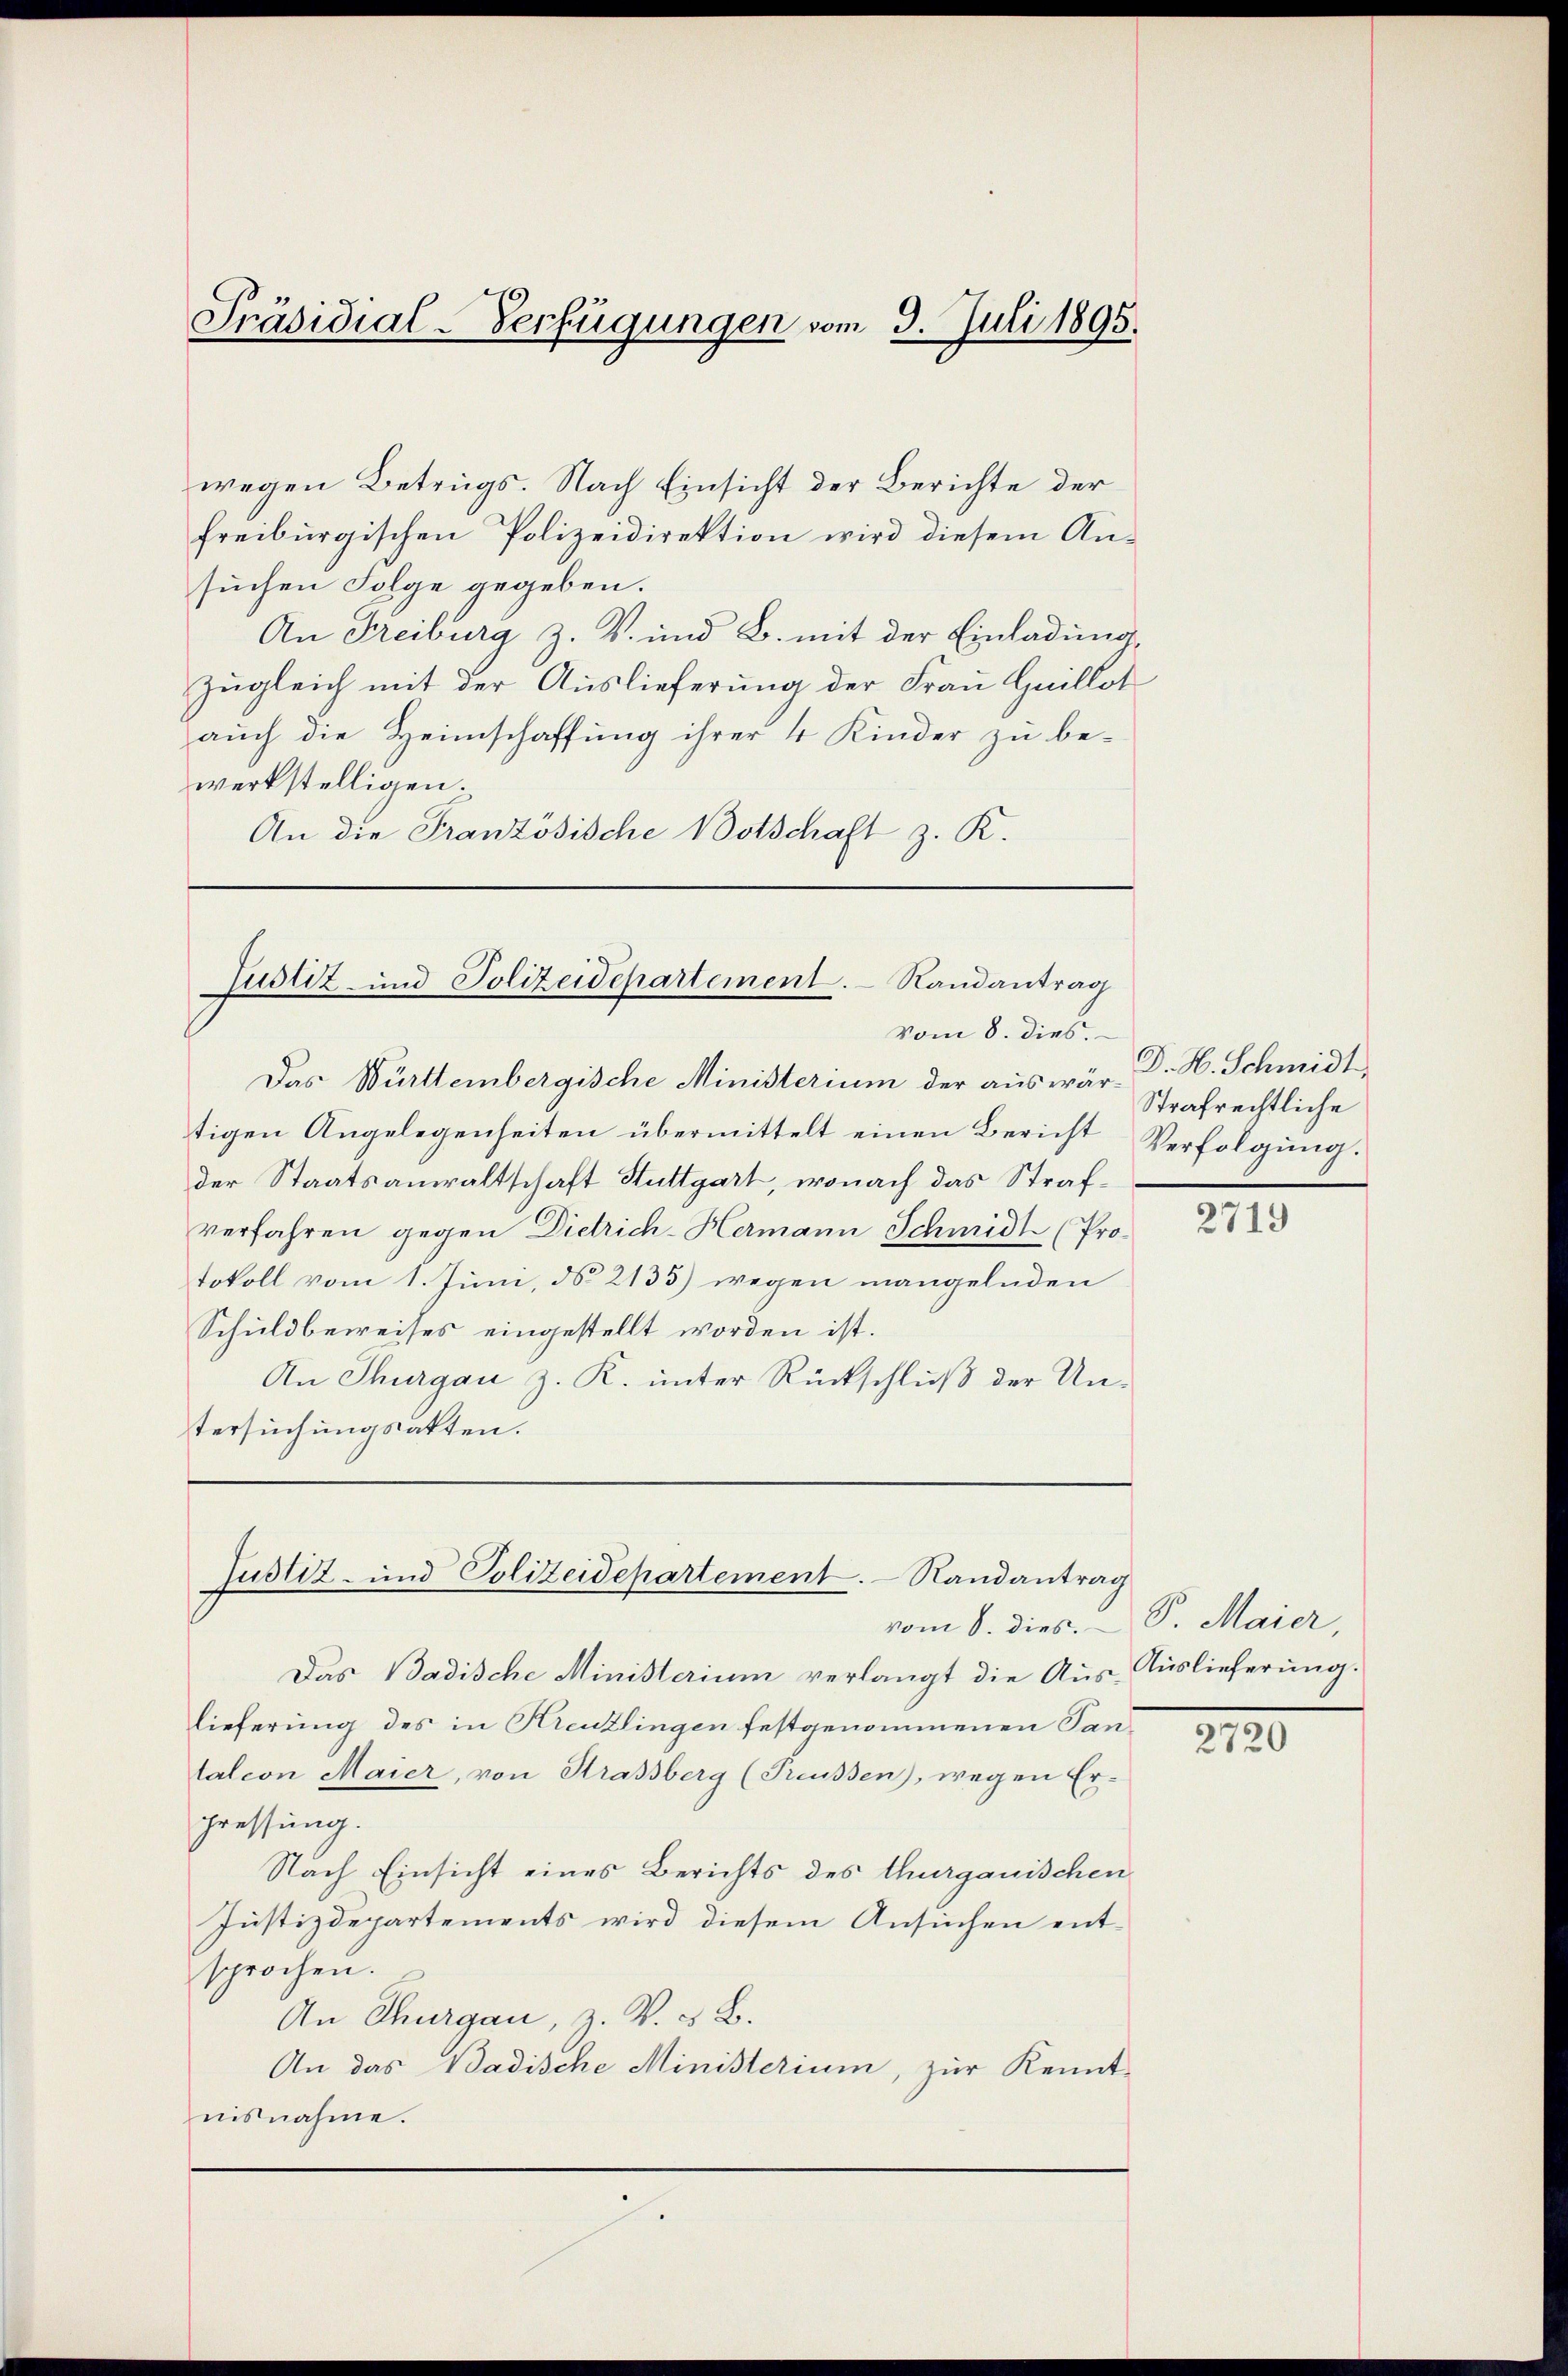
Präsidial-Verfügungen vom 9. Juli 1895.

wegen Betrugs. Nach Einsicht der Berichte der
freiburgischen Polizeidirektion wird diesem Ansuchen Folge gegeben.
An Freiburg z. B. und B. mit der Einladung,
Zugleich mit der Auslieferung der Frau Gaillot
auch die Heimschaffung ihrer 4 Kinder zu be-
werkstelligen.
An die Französische Botschaft z. R.

Justiz- und Polizeidepartement. Randantrag
Vom 8. dies.

Das Württembergische Ministerium der auswär- Dr. H. Schmidt
tigen Angelegenheiten übermittelt einen Bericht
der Staatsanwaltschaft Stuttgart, wonach das Strafverfahren gegen Dietrich-Hermann Schmidt (Protokoll vom 1. Juni, d. 2133) wegen mangelnden
Schuldbeweises eingestellt worden ist.
An Thurgau z. K. unter Rückschluß der Untersuchungsakten.

Justiz- und Polizeidepartement. Randantrag

Strafrechtliche
Verfolgung.

vom 8. dies. P. Maier,
Das Badische Ministerium verlangt die Aus-Auslieferung.
lieferung des in Kreuzlingen festgenommenen Tantation Maier, von Strassberg (Treussen), wegen Er-
pressung.
Nach Einsicht eines Berichts des thurgauischen
Justizdepartements wird diesem Ansuchen entsprochen.
An Thurgau, z. V. B.
An das Badische Ministerium, zur Kennt-
nisnahme.

2719

2720